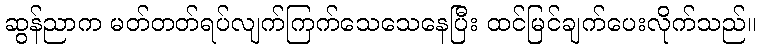
ဆွန်ညာက မတ်တတ်ရပ်လျက်ကြက်သေသေနေပြီး ထင်မြင်ချက်ပေးလိုက်သည်။